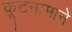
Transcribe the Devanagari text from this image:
कूटनामाने